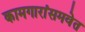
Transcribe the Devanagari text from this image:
कामगारांसमवेत